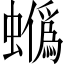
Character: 𧓯